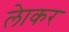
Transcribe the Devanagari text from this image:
लेाकर